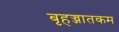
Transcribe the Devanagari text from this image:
बृहज्जातकम